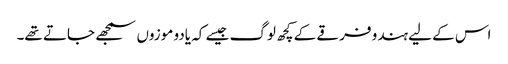
اس کے لیے ہندو فرقے کے کچھ لوگ جیسے کہ یادو موزوں سمجھے جاتے تھے۔